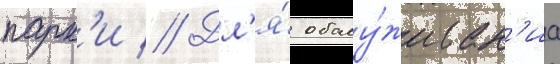
парк'и // Дл'я́ обслу́живан'иа